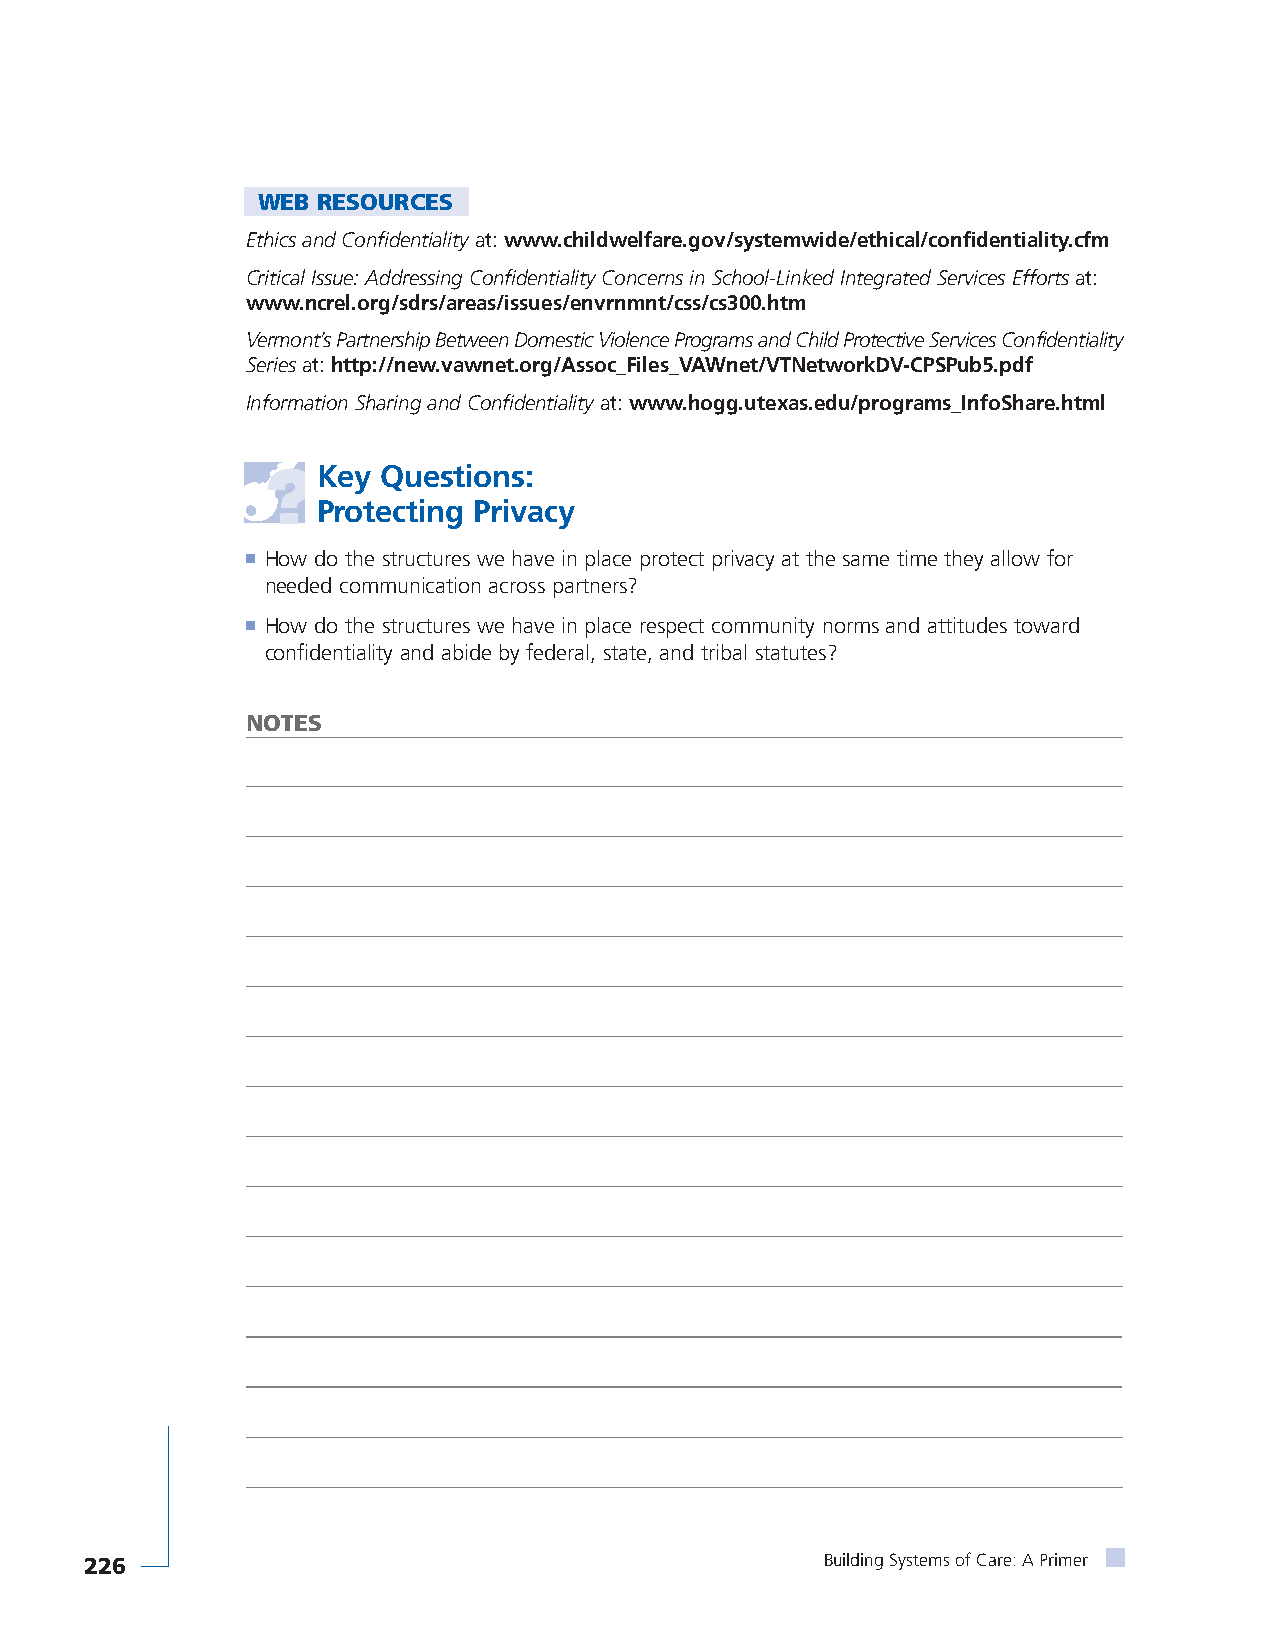
WEB RESOURCES
 Ethics and Confidentialityat: www.childwelfare.gov/systemwide/ethical/confidentiality.cfm
 Critical Issue: Addressing Confidentiality Concerns in School-Linked Integrated Services Effortsat:
 www.ncrel.org/sdrs/areas/issues/envrnmnt/css/cs300.htm
 Vermont’s Partnership Between Domestic Violence Programs and Child Protective Services Confidentiality
 Seriesat: http://new.vawnet.org/Assoc_Files_VAWnet/VTNetworkDV-CPSPub5.pdf
 Information Sharing and Confidentialityat: www.hogg.utexas.edu/programs_InfoShare.html
 Key Questions:
 Protecting Privacy
 ■ How do the structures we have in place protect privacy at the same time they allow for
 needed communication across partners?
 ■ How do the structures we have in place respect community norms and attitudes toward
 confidentiality and abide by federal, state, and tribal statutes?
 NOTES
 226                                              Building Systems of Care: A Primer